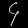
Digit: ၄